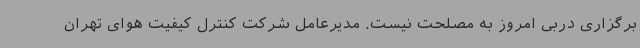
برگزاری دربی امروز به مصلحت نیست. مدیرعامل شرکت کنترل کیفیت هوای تهران